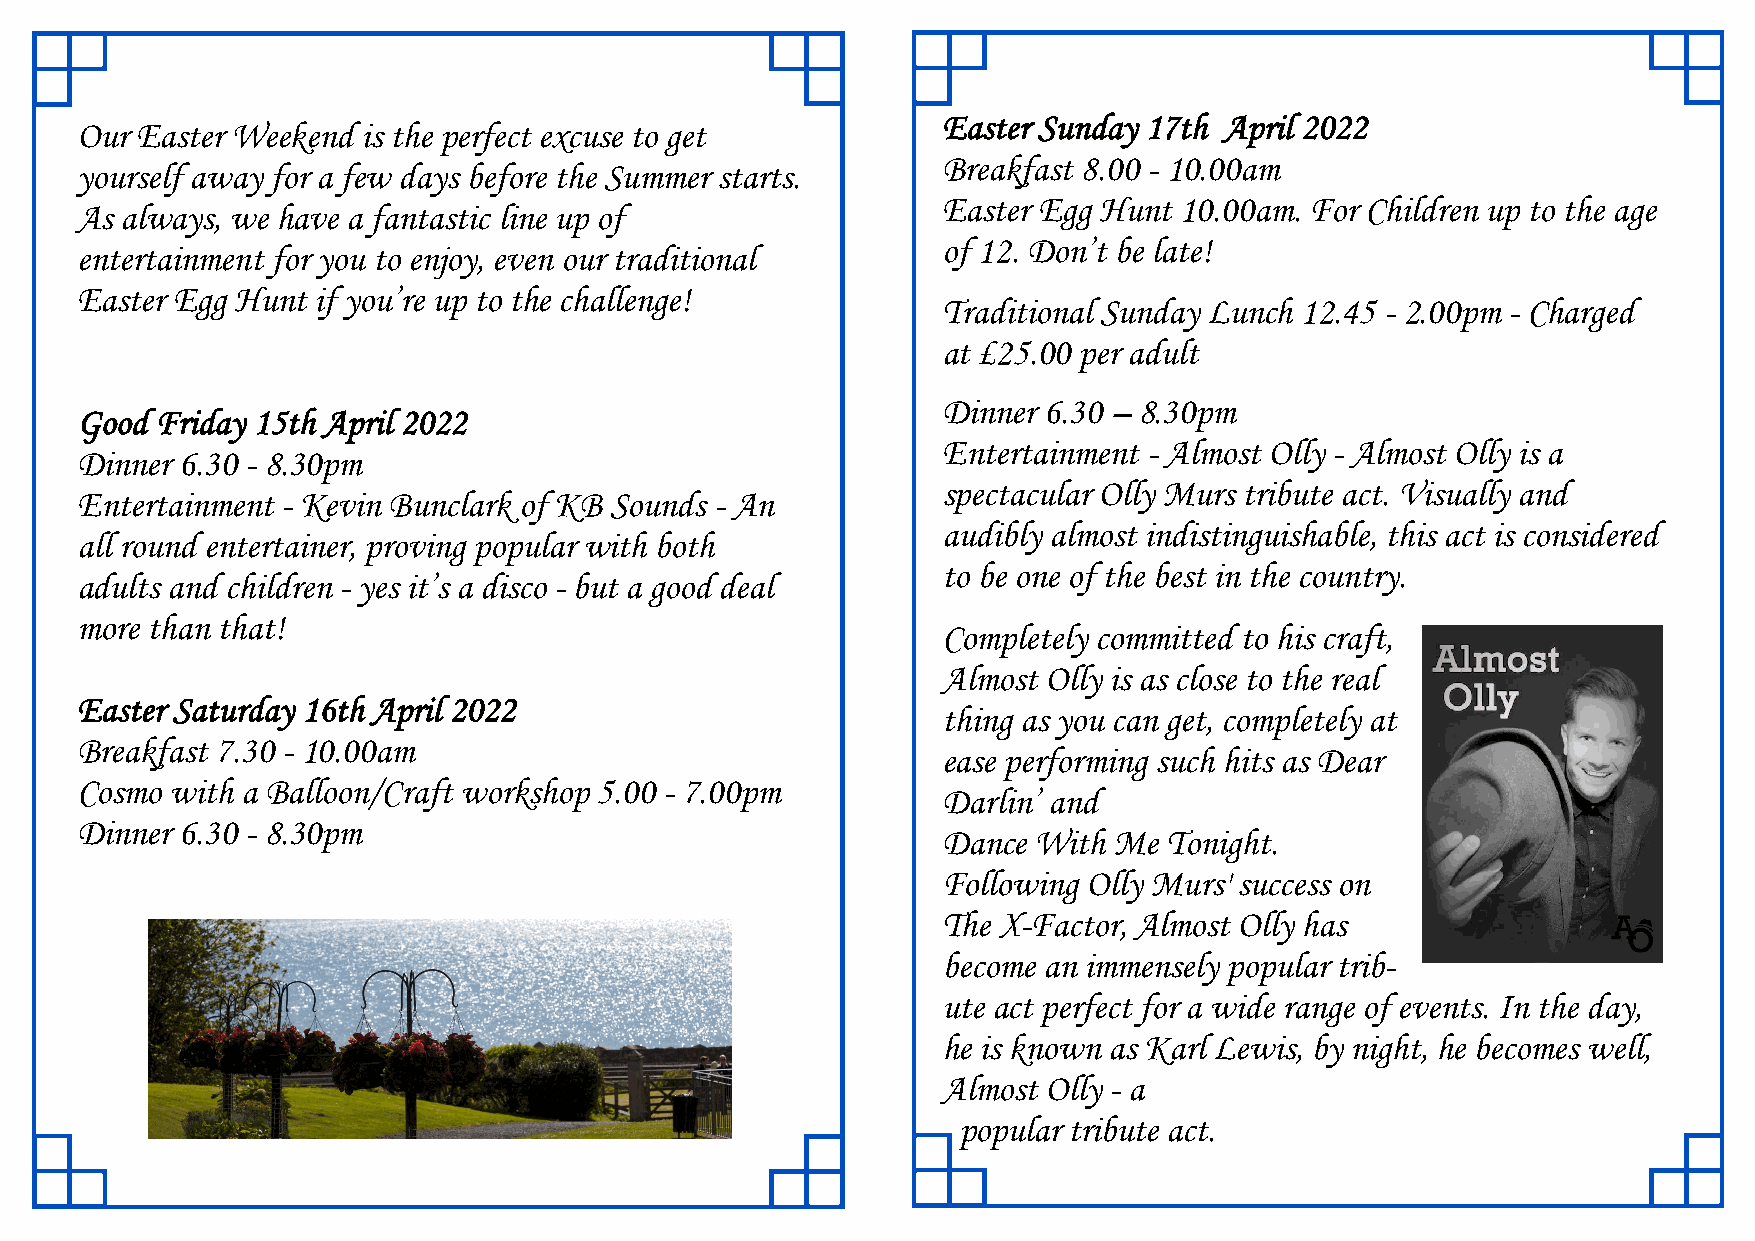
Easter Sunday 17th April 2022
 Our Easter Weekend is the perfect excuse to get
 Breakfast 8.00 - 10.00am
 yourself away for a few days before the Summer starts.
 Easter Egg Hunt 10.00am. For Children up to the age
 As always, we have a fantastic line up of
 of 12. Don’t be late!
 entertainment for you to enjoy, even our traditional
 Easter Egg Hunt if you’re up to the challenge!
 Traditional Sunday Lunch 12.45 - 2.00pm - Charged
 at £25.00 per adult
 Dinner 6.30 – 8.30pm
 Good Friday 15th April 2022
 Entertainment - Almost Olly - Almost Olly is a
 Dinner 6.30 - 8.30pm
 spectacular Olly Murs tribute act. Visually and
 Entertainment - Kevin Bunclark of KB Sounds - An
 audibly almost indistinguishable, this act is considered
 all round entertainer, proving popular with both
 to be one of the best in the country.
 adults and children - yes it’s a disco - but a good deal
 more than that!
 Completely committed to his craft,
 Almost Olly is as close to the real
 Easter Saturday 16th April 2022
 thing as you can get, completely at
 Breakfast 7.30 - 10.00am
 ease performing such hits as Dear
 Cosmo with a Balloon/Craft workshop 5.00 - 7.00pm
 Darlin’ and
 Dinner 6.30 - 8.30pm
 Dance  With Me Tonight.
 Following Olly Murs' success on
 The X-Factor, Almost Olly has
 become an immensely popular trib-
 ute act perfect for a wide range of events. In the day,
 he is known as Karl Lewis, by night, he becomes well,
 Almost Olly - a
 popular tribute act.